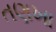
તણખા